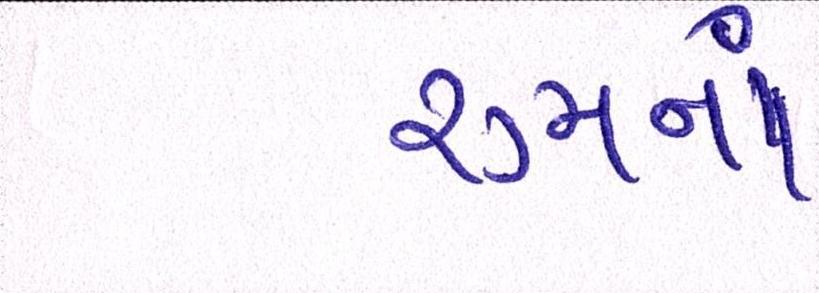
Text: રૂમનાં